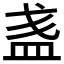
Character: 𥁘